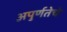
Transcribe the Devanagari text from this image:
अपुर्णतेचे